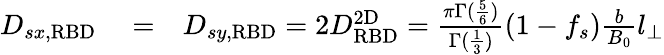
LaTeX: \begin{array}{rlr}{D_{sx,\mathrm{RBD}}}&{{}=}&{D_{sy,\mathrm{RBD}}=2D_{\mathrm{RBD}}^{\mathrm{2D}}=\frac{\pi\Gamma(\frac{5}{6})}{\Gamma(\frac{1}{3})}(1-f_{s})\frac{b}{B_{0}}l_{\perp}}\end{array}